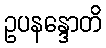
ဥပနန္ဒောတိ